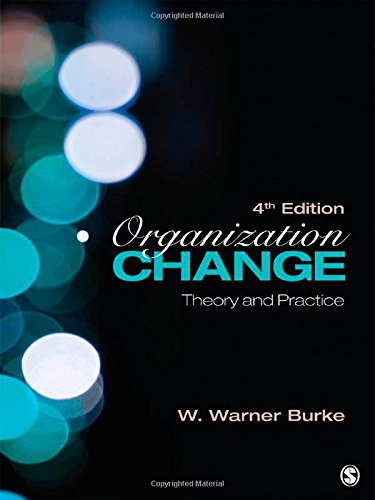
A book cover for Organization Change: Theory and Practice (Foundations for Organizational Science series); W. Warner Burke; Business & Money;